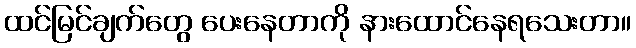
ထင်မြင်ချက်တွေ ပေးနေတာကို နားထောင်နေရသေးတာ။